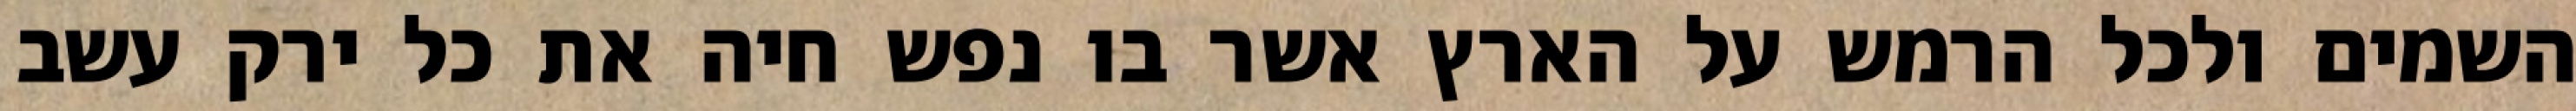
השמים ולכל הרמש על הארץ אשר בו נפש חיה את כל ירק עשב